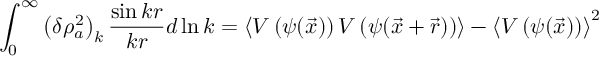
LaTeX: \int _ { 0 } ^ { \infty } \left( \delta \rho _ { a } ^ { 2 } \right) _ { k } \frac { \sin { k r } } { k r } d \ln k = \left\langle V \left( \psi ( \vec { x } ) \right) V \left( \psi ( \vec { x } + \vec { r } ) \right) \right\rangle - \left\langle V \left( \psi ( \vec { x } ) \right) \right\rangle ^ { 2 }